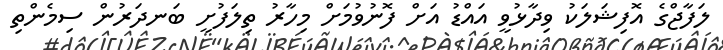
ލަފާޖްގެ އޮފިޝަލަކު ވިދާޅުވީ އައްޑު އަށް ފޮނުވުމަށް މިހާރު ތިލަފުށީ ބަނދަރުން ސިމެންތި